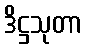
ဒိဋ္ဌသုတာ